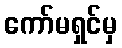
ကော်မရှင်မှ